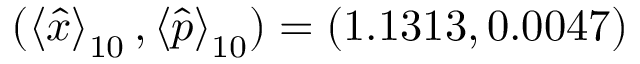
( \left< \hat { x } \right> _ { 1 0 } , \left< \hat { p } \right> _ { 1 0 } ) = ( 1 . 1 3 1 3 , 0 . 0 0 4 7 )